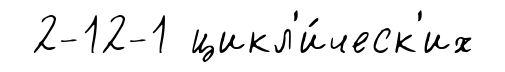
2-12-1 цикл'и́ческ'их